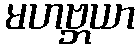
မဟဗ္ဘယာ